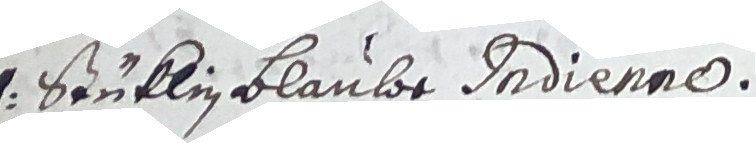
N Stüklin Blaube indienne.